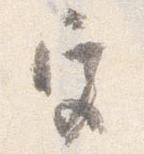
宮